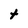
Character: t